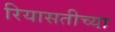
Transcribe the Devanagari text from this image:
रियासतीच्या